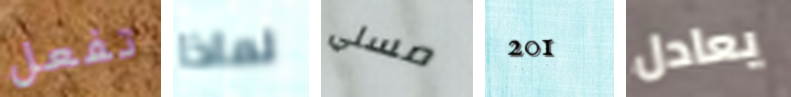
تفعل لماذا مسلي 201 يعادل